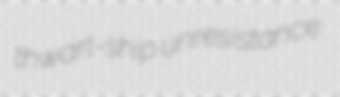
thwart-ship unresistance